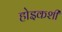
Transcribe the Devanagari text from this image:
होइकशी